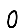
Digit: 0